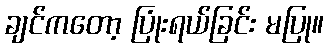
ချင်ကတော့ ပြုံးရယ်ခြင်း မပြု။